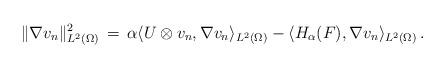
LaTeX: \begin{align*}\| \nabla v_n \|_{L^2 (\Omega)}^2 \, = \, \alpha \langle U \otimes v_n, \nabla v_n \rangle _{L^2 (\Omega)} - \langle H_\alpha (F), \nabla v_n \rangle_{L^2 (\Omega)}\,.\end{align*}